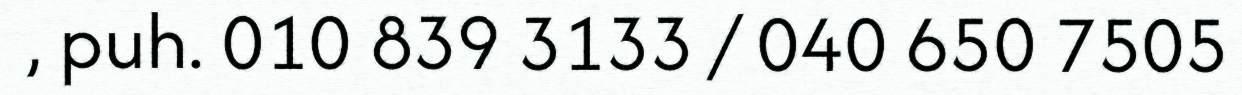
, puh. 010 839 3133 / 040 650 7505